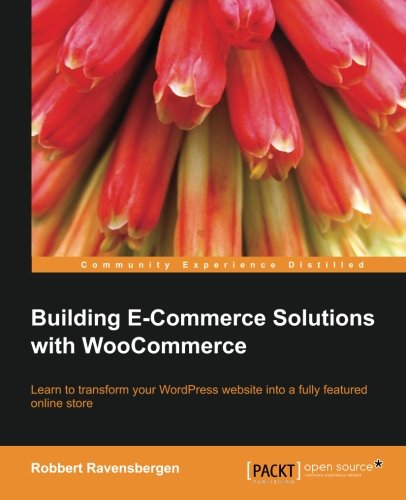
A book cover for Building E-Commerce Solutions with WooCommerce; Robbert Ravensbergen; Computers & Technology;